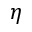
\eta